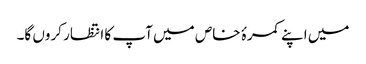
میں اپنے کمرۂ خاص میں آپ کا انتظار کروں گا۔